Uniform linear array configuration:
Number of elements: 16
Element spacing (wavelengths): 0.75
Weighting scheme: uniform
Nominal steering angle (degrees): -30
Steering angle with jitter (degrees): -31.677
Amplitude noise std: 0.05
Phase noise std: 0.05

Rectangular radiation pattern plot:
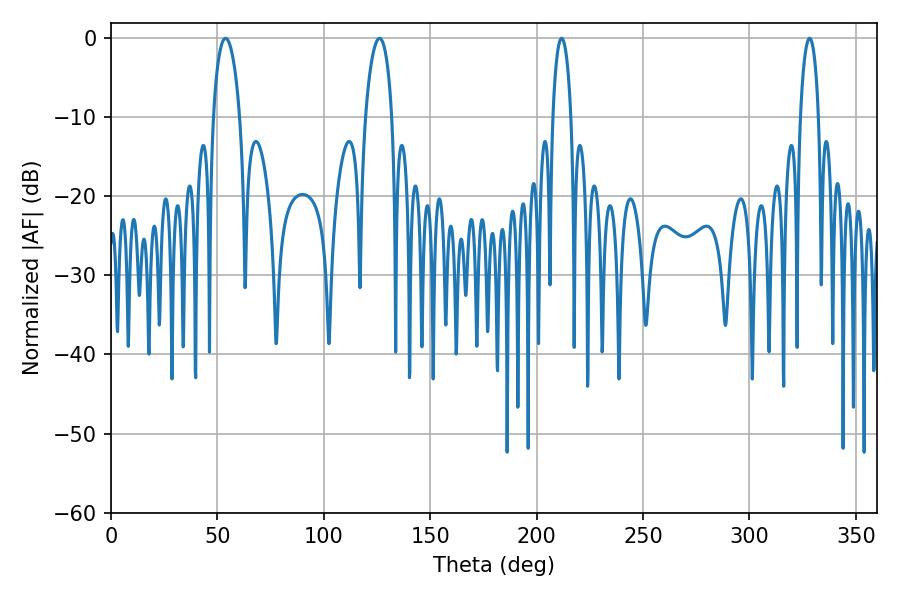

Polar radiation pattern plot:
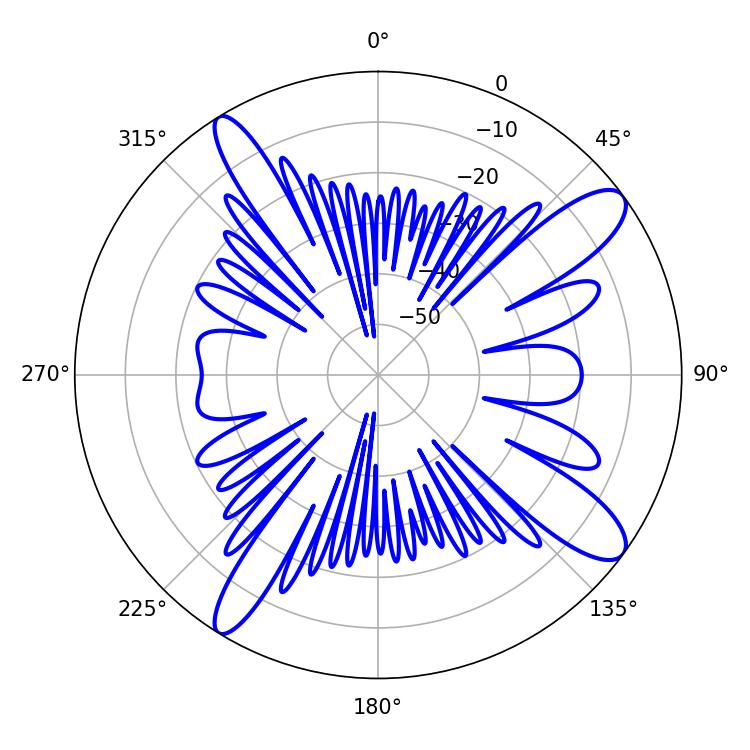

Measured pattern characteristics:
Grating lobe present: TRUE
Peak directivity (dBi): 12.093
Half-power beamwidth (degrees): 7.2
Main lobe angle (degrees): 53.82